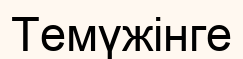
Темүжінге